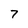
Character: 7